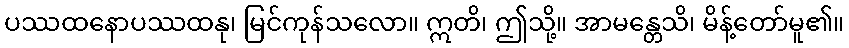
ပဿထနောပဿထနု၊ မြင်ကုန်သလော။ ဣတိ၊ ဤသို့။ အာမန္တေသိ၊ မိန့်တော်မူ၏။